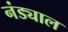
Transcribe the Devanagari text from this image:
नंड्याल